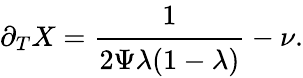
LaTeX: \partial_{T}X=\cfrac{1}{2\Psi\lambda(1-\lambda)}-\nu.